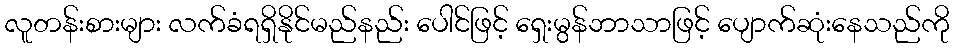
လူတန်းစားများ လက်ခံရရှိနိုင်မည်နည်း ပေါင်ဖြင့် ရှေးမွန်ဘာသာဖြင့် ပျောက်ဆုံးနေသည်ကို